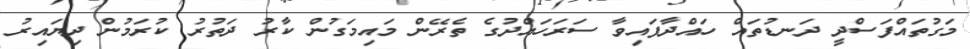
މަގުތައްފަސްދީ ދަނޑުތައް ހައްދާފައިވާ ސަރަހައްދުގެ ތެރޭން މައިމަގުން ކާރު ދަތުރު ކުރަމުން ދިޔައިރު